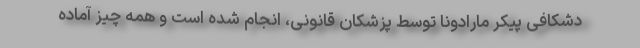
دشکافی پیکر مارادونا توسط پزشکان قانونی، انجام شده است و همه چیز آماده